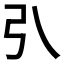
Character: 𢎡